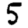
Digit: 5